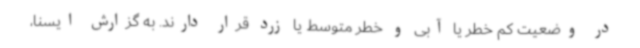
در وضعیت کم خطر یا آبی و خطر متوسط یا زرد قرار دارند. به گزارش ایسنا،